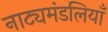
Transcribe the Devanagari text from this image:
नाट्यमंडलियाँ